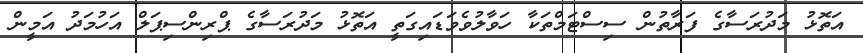
އަތޮޅު މަދުރަސާގެ ފަރާތުން ސިސްޓަމްތަކާ ހަވާލުވެވަޑައިގަތީ އަތޮޅު މަދުރަސާގެ ޕްރިންސިޕަލް އަހުމަދު އަމީން